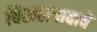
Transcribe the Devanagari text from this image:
चिखलगावाचे